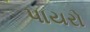
પાયરો